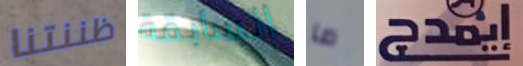
ظننتنا السابقة ما إيمدج